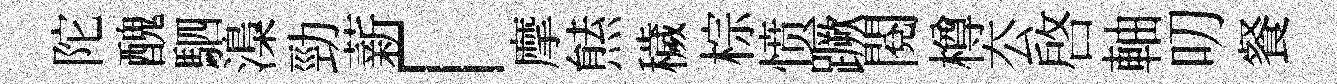
陀醜駟𣻏勁薪「摩㷱穢棕愤蹶閲樽厺啓軸叨餐